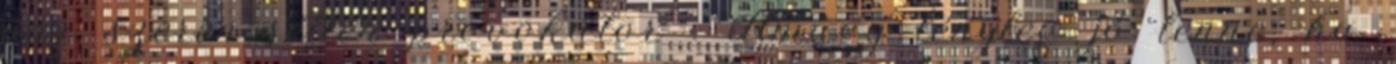
pár szerencsétlen provokátor . Amúgy tényleg jó lenne, ha